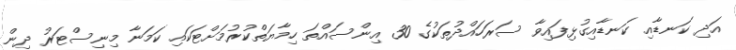
އަދި ކަނޑާއި ކަނޑާއިގުޅިފައިވާ ސަރަހައްދުތަކުގެ 30 އިންސައްތަ ހިމާޔަތްކުރުމަށްޓަކައި ކަމަނާ މިނިސްޓަރު ދިން